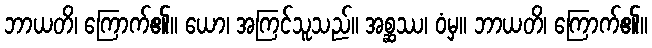
ဘာယတိ၊ ကြောက်၏။ ယော၊ အကြင်သူသည်။ အစ္ဆဿ၊ ဝံမှ။ ဘာယတိ၊ ကြောက်၏။